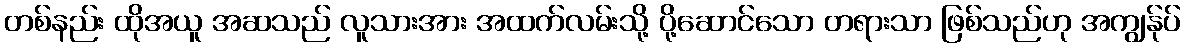
တစ်နည်း ထိုအယူ အဆသည် လူသားအား အထက်လမ်းသို့ ပို့ဆောင်သော တရားသာ ဖြစ်သည်ဟု အကျွန်ုပ်